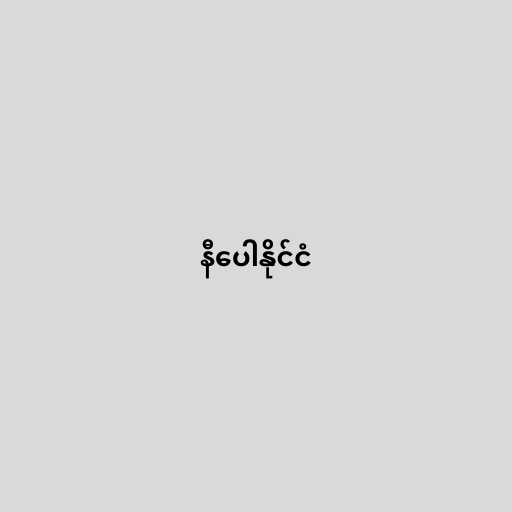
နီပေါနိုင်ငံ